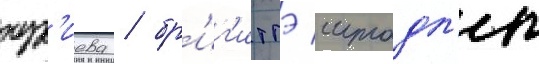
нур'иева / бр'иг'иттэ штадл'ер